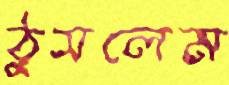
ঠুসলেম